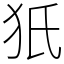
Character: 㹝